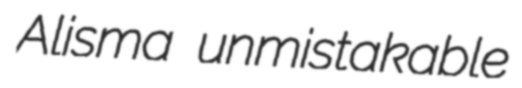
Alisma unmistakable